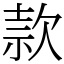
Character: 款